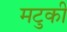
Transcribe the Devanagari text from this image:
मटुकी